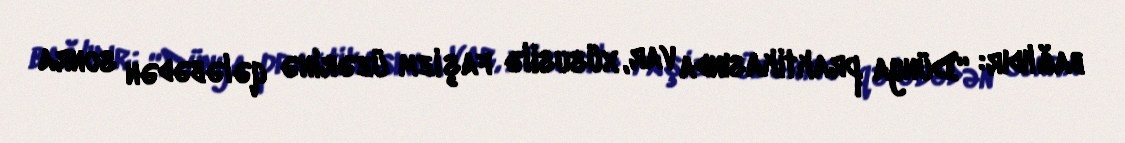
bağlıdır: “Dünya praktikasında var, xüsusilə faşizm üzərinə qələbədən sonra